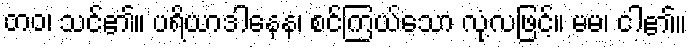
တဝ၊ သင်၏။ ပရိယာဒါနေန၊ စင်ကြယ်သော လုံ့လဖြင့်။ မမ၊ ငါ၏။